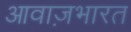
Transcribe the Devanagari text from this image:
आवाज़भारत